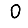
Digit: 0